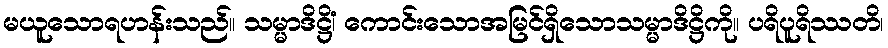
မယူသောရဟန်းသည်။ သမ္မာဒိဋ္ဌိံ၊ ကောင်းသောအမြင်ရှိသောသမ္မာဒိဋ္ဌိကို။ ပရိပူရိဿတိ၊